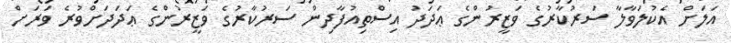
އަލަށް އެކުލަވާލާ ސަރުކާރުގެ ވަޒީރުންގެ ޢަދަދު އިސްތިއުފާދިން ސަރުކާރުގެ ވަޒީރުންގެ ޢަދަދަށްވުރެ ވަރަށް